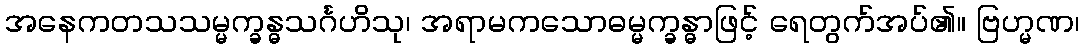
အနေကတသသမ္မက္ခန္ဓသင်္ဂဟိသု၊ အရာမကသောဓမ္မက္ခန္ဓာဖြင့် ရေတွက်အပ်၏။ ဗြဟ္မဏ၊